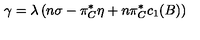
\gamma = \lambda \left( n \sigma - \pi _ { C } ^ { * } \eta + n \pi _ { C } ^ { * } c _ { 1 } ( B ) \right)